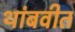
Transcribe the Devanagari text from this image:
थांबवीत